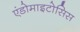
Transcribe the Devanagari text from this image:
एंडोमाइटोसिस